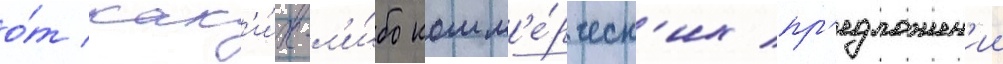
о́т как'и́х-л'и́бо комм'е́рческ'их пр'едложен'ии